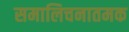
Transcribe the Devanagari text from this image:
समालिचनातमक